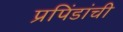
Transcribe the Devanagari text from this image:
प्रपिंडांची